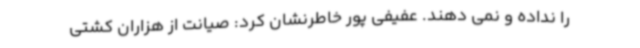
را نداده و نمی دهند. عفیفی پور خاطرنشان کرد: صیانت از هزاران کشتی